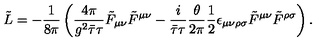
\tilde { L } = - \frac { 1 } { 8 \pi } \left( \frac { 4 \pi } { g ^ { 2 } \bar { \tau } \tau } \tilde { F } _ { \mu \nu } \tilde { F } ^ { \mu \nu } - \frac { i } { \bar { \tau } \tau } \frac { \theta } { 2 \pi } \frac { 1 } { 2 } \epsilon _ { \mu \nu \rho \sigma } \tilde { F } ^ { \mu \nu } \tilde { F } ^ { \rho \sigma } \right) .